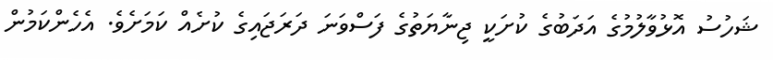
ޝަހުސު އޮޅުވާލުމުގެ އަދަބުގެ ކުށަކީ ޖިނާޔަތުގެ ފަސްވަނަ ދަރަޖައިގެ ކުށެއް ކަމަށެވެ. އެހެންކަމުން